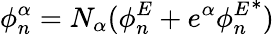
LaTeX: \phi_{n}^{\alpha}=N_{\alpha}(\phi_{n}^{E}+e^{\alpha}{\phi_{n}^{E}}^{*})